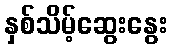
နှစ်သိမ့်ဆွေးနွေး